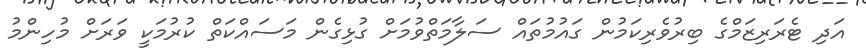
އަދި ޓެރަރިޒަމްގެ ބިރުވެރިކަމުން ގައުމުތައް ސަލާމަތްވުމަށް ގުޅިގެން މަސައްކަތް ކުރުމަކީ ވަރަށް މުހިންމު